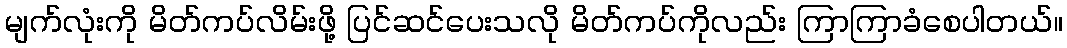
မျက်လုံးကို မိတ်ကပ်လိမ်းဖို့ ပြင်ဆင်ပေးသလို မိတ်ကပ်ကိုလည်း ကြာကြာခံစေပါတယ်။